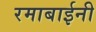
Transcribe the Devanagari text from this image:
रमाबाईनी